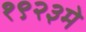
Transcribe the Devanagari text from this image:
१९२३मे